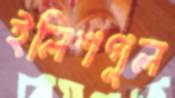
ইলিশগুল